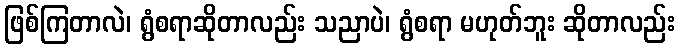
ဖြစ်ကြတာလဲ၊ ရွံစရာဆိုတာလည်း သညာပဲ၊ ရွံစရာ မဟုတ်ဘူး ဆိုတာလည်း